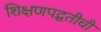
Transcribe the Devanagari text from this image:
शिक्षणपद्धतीची